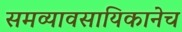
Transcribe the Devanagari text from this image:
समव्यावसायिकानेच